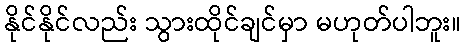
နိုင်နိုင်လည်း သွားထိုင်ချင်မှာ မဟုတ်ပါဘူး။